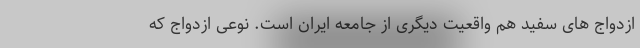
ازدواج های سفید هم واقعیت دیگری از جامعه ایران است. نوعی ازدواج که